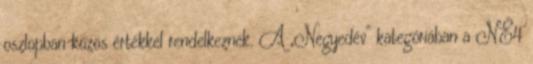
oszlopban közös értékkel rendelkeznek. A „Negyedév” kategóriában a NÉ4